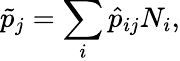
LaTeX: \tilde{p}_{j}=\sum_{i}\hat{p}_{ij}N_{i},